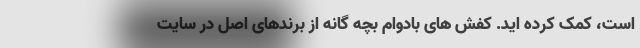
است، کمک کرده اید. کفش های بادوام بچه گانه از برندهای اصل در سایت